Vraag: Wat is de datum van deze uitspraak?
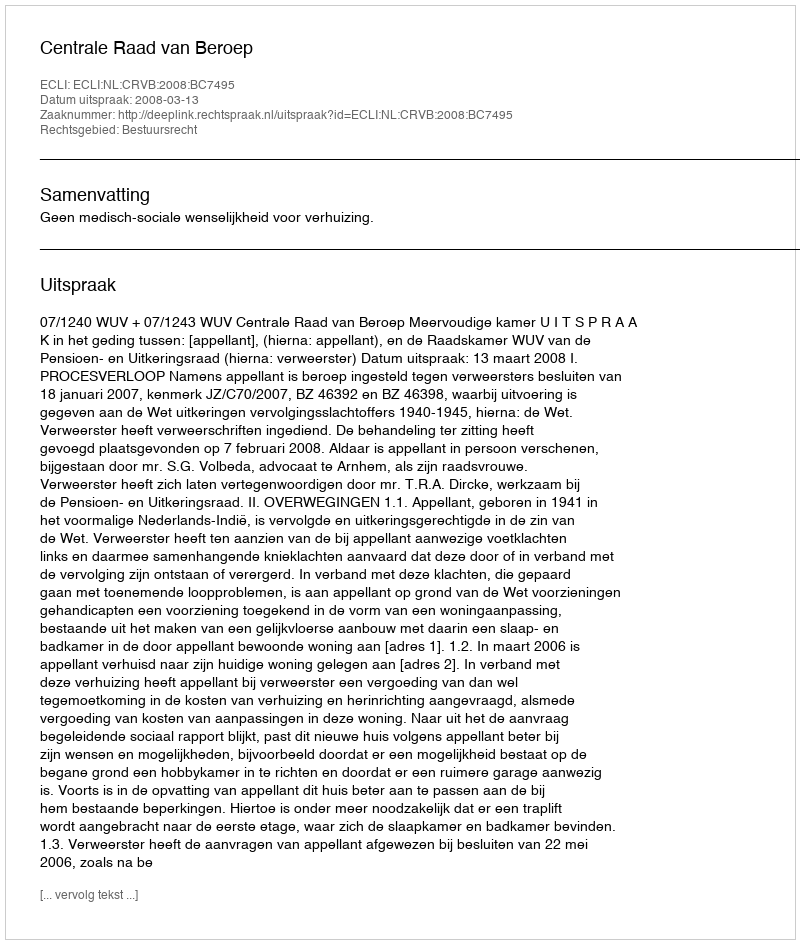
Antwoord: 2008-03-13